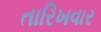
તારિખવાર